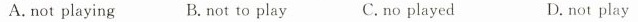
A. not playing B. not to play C. no played D. not play